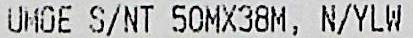
UMOE S/NT 50MX38M, N/YLW